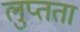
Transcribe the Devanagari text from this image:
लुप्तता